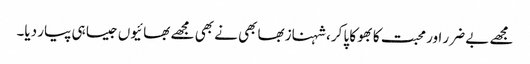
مجھے بے ضرر اور محبت کا بھوکا پا کر، شہناز بھابھی نے بھی مجھے بھائیوں جیسا ہی پیار دیا۔